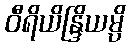
ဝီရိယိန္ဒြိယမ္ပိ